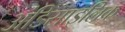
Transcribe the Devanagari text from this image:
अंडिसाइलिक